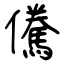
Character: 儯